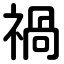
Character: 禍